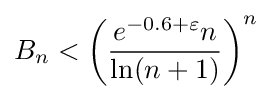
B_{n}<\left({\frac {e^{-0.6+\varepsilon }n}{\ln(n+1)}}\right)^{n}